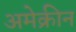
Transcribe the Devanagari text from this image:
अमेक्रीन